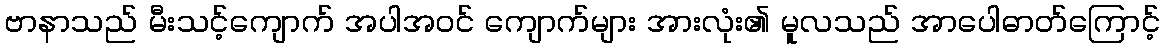
ဗာနာသည် မီးသင့်ကျောက် အပါအဝင် ကျောက်များ အားလုံး၏ မူလသည် အာပေါဓာတ်ကြောင့်